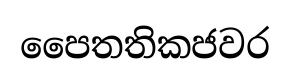
පෛතතිකජවර